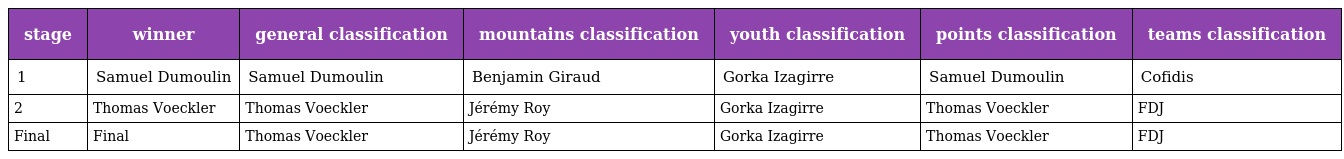
| stage | winner | general classification | mountains classification | youth classification | points classification | teams classification |
 | --- | --- | --- | --- | --- | --- | --- |
 | 1 | Samuel Dumoulin | Samuel Dumoulin | Benjamin Giraud | Gorka Izagirre | Samuel Dumoulin | Cofidis |
 | 2 | Thomas Voeckler | Thomas Voeckler | Jérémy Roy | Gorka Izagirre | Thomas Voeckler | FDJ |
 | Final | Final | Thomas Voeckler | Jérémy Roy | Gorka Izagirre | Thomas Voeckler | FDJ |